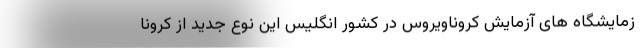
زمایشگاه های آزمایش کروناویروس در کشور انگلیس این نوع جدید از کرونا